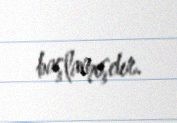
başlamışdır.